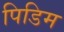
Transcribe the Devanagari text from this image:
पिडिम